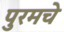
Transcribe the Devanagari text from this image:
पुरमचे